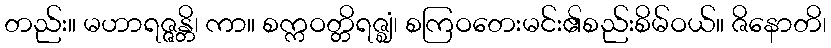
တည်း။ မဟာရဇ္ဇန္တိ၊ ကာ။ စက္ကဝတ္တိရဇ္ဈံ၊ စကြဝတေးမင်း၏စည်းစိမ်ဝယ်။ ဇိနောတိ၊